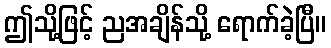
ဤသို့ဖြင့် ညအချိန်သို့ ရောက်ခဲ့ပြီ။